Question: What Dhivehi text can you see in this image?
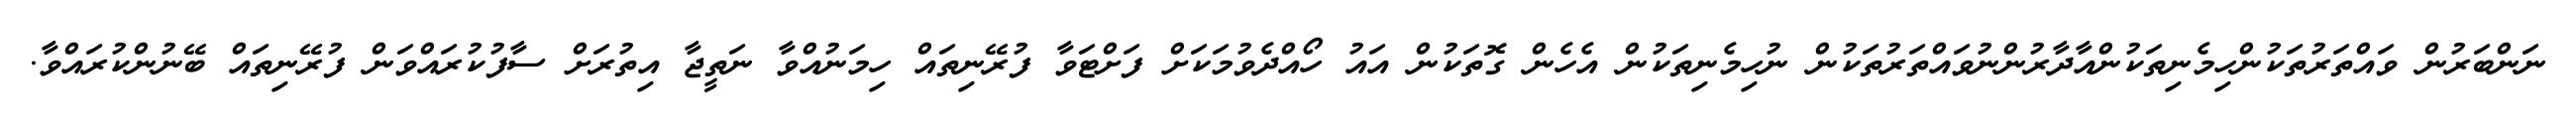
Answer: ނަންބަރުން ވައްތަރުތަކުންހިމެނިތަކުންއާދާރުންނުވައްތަރުތަކުން ނުހިމެނިތަކުން އެހެން ގޮތަކުން އައު ހޯއްދެވުމަކަށް ފަށްޓަވާ ފުރޭނިތައް ހިމަނުއްވާ ނަތީޖާ އިތުރަށް ސާފުކުރައްވަން ފުރޭނިތައް ބޭނުންކުރައްވާ.